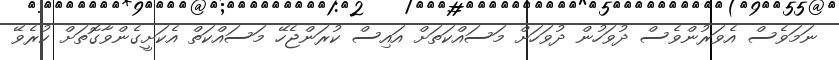
ނަމަވެސް އެވަރުންވެސް ދުވަހުން ދުވަހަށް މަސައްކަތަށް އައިސް ކުރަންޖެހޭ މަސައްކަތް އެކަށީގެންވާގޮތަށް ކުރެވޭ